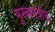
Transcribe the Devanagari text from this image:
मुख्यमंत्रीच